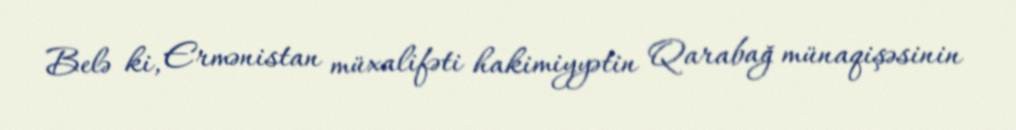
Belə ki, Ermənistan müxalifəti hakimiyyətin Qarabağ münaqişəsinin